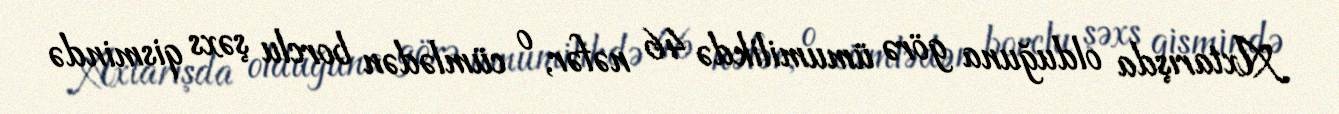
Axtarışda olduğuna görə ümumilikdə 46 nəfər, o cümlədən borclu şəxs qismində